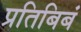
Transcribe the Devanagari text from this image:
प्रतिबिबं